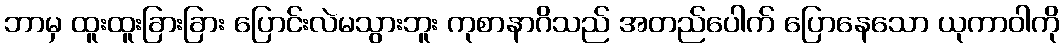
ဘာမှ ထူးထူးခြားခြား ပြောင်းလဲမသွားဘူး ကုစာနာဂိသည် အတည်ပေါက် ပြောနေသော ယုကာဝါကို